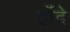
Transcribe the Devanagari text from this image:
र्होदे